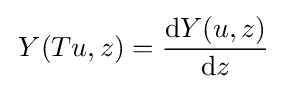
\,Y(Tu,z)={\frac {\mathrm {d} Y(u,z)}{\mathrm {d} z}}